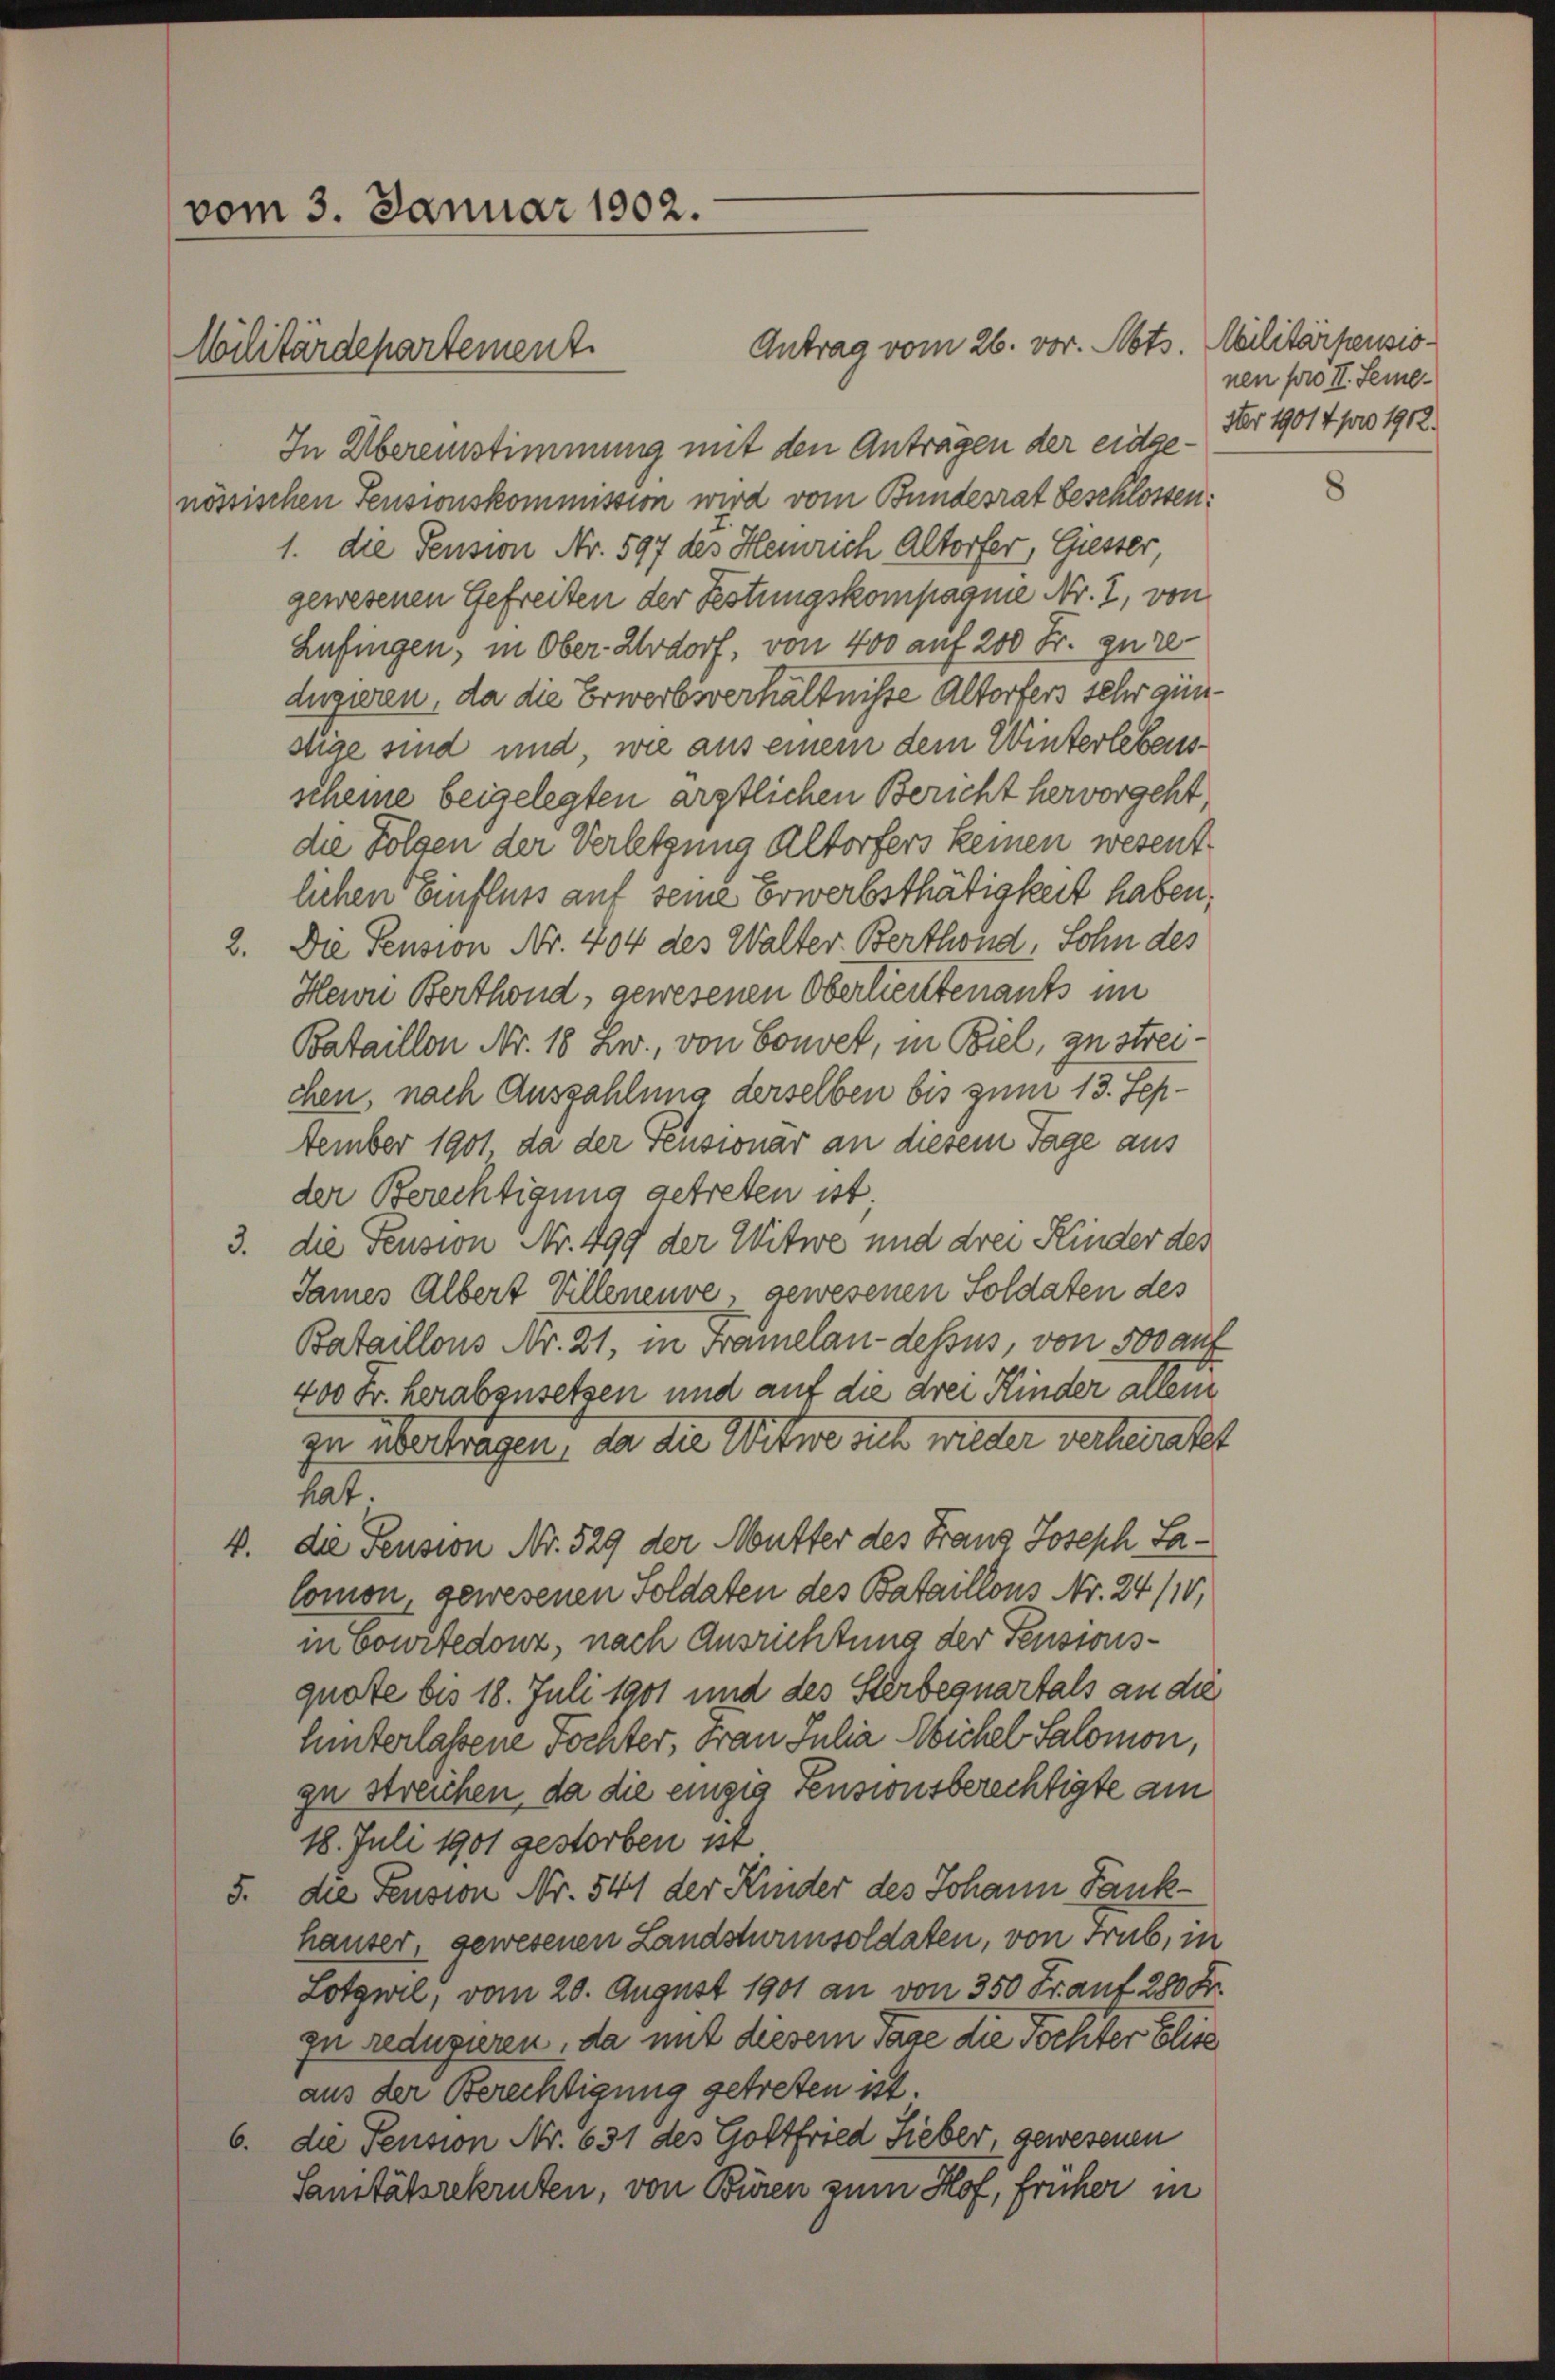
vom 3. Januar 1902.
Militärdepartement

Antrag vom 26. vor. Abts. Militärpensio¬
In Übereinstimmung mit den Anträgen der eidgenössischen Feusionskommission wird vom Bundesrat beschlossen:
1. die Pension Nr. 597 des Heinrich Altorfer, Giesser
gewesenen Gefreiten der Festungskompagnie Nr. 2, von
Lufingen, in Ober-Urdorf, von 400 auf 200 Fr. gure
duziren, da die Erwerbsverhältnisse Altorfers sehr günstige sind und wie aus einem dem Winterlebensscheine beigelegten ärztlichen Bericht hervorgeht,
die Folgen der Verletzung Altorfers keinen wesentlichen Einfluss auf seine Erwerbsthätigkeit haben;
2. Die Pension Nr. 404 des Walter Berthond, Sohn des
Herrn Berthond, gewesenen Oberlesentenants im
Bataillon Nr. 18 Zw., von Bonvet, in Biel, zu streichen, nach Auszahlung derselben bis zum 13. September 1901 da der Feusionär an diesem Tage aus
der Berechtigung getreten ist.
3. die Pension Nr. 499 der Witwe und drei Kinder des
James Albert Villeneuve, gewesenen Soldaten des
Bataillons Nr. 21, in Framelan-dessus, von 500 auf
400 Fr. herabzusetzen und auf die drei Kinder allen
zu übertragen, da die Witwe sich wieder verheiratet
hat.
4. die Pension Nr. 529 der Mutter des Franz Joseph Lalomon, gewesenen Soldaten des Bataillons Nr. 24/10,
in Courtedonz, nach Ausrichtung der Fenstonsquote bis 18. Juli 1901 und des Sterbequartals an die
hinterlassene Tochter, Frau Julia Aichel Salomon,
zu streichen, da die einzig Pensionsberechtigte am
18. Juli 1901 gestorben ist
5. die Pension Nr. 541 der Kinder des Johann Dankhauser, gewesenen Landsturmsoldaten, von Trüb, in
Lotgwil, vom 20. August 1901 an von 350 Fr. auf 280 Fr.
zu reduziren, da mit diesem Tage die Tochter Elise
aus der Berechtigung getreten ist.
die Pension Nr. 631 des Gottfried Sieber, gewesenen
6.
Sanitätsrekruten, von Büren zum Hof, früher in

nen pro II. Seme¬
Nr 19014 pro 1912.